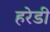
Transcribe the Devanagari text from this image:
हरेडी